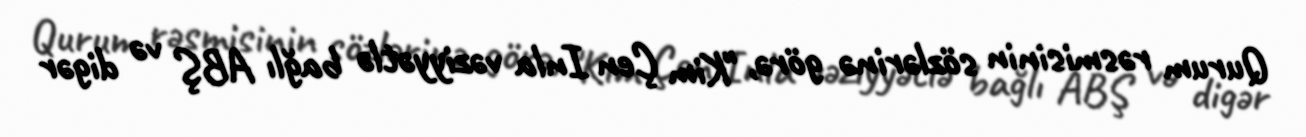
Qurum rəsmisinin sözlərinə görə, "Kim Çen Inla vəziyyətlə bağlı ABŞ və digər